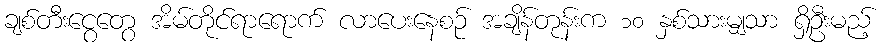
ချစ်တီးငွေတွေ အိမ်တိုင်ရာရောက် လာပေးနေစဉ် အချိန်တုန်းက ၁၀ နှစ်သားမျှသာ ရှိဦးမည့်